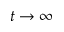
t \rightarrow \infty